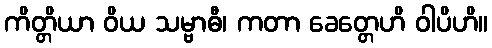
ကိတ္တိယာ ဝိယ သမ္ဗာဓီ၊ ကတာ ခေတ္တေဟိ ဝါပိဟိ။